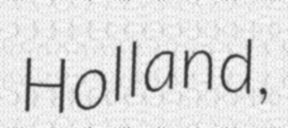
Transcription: Holland,